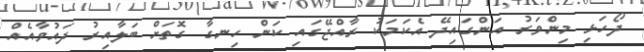
ދޯހަޅި މިންވަރު އަންގައިދޭ އެކަމަކު ރާއްޖޭގައި ކަން ހިނގާ ގޮތަށް ބަލާއިރު ދައުވާއެއް